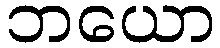
ဘယော